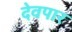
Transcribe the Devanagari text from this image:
देवपार